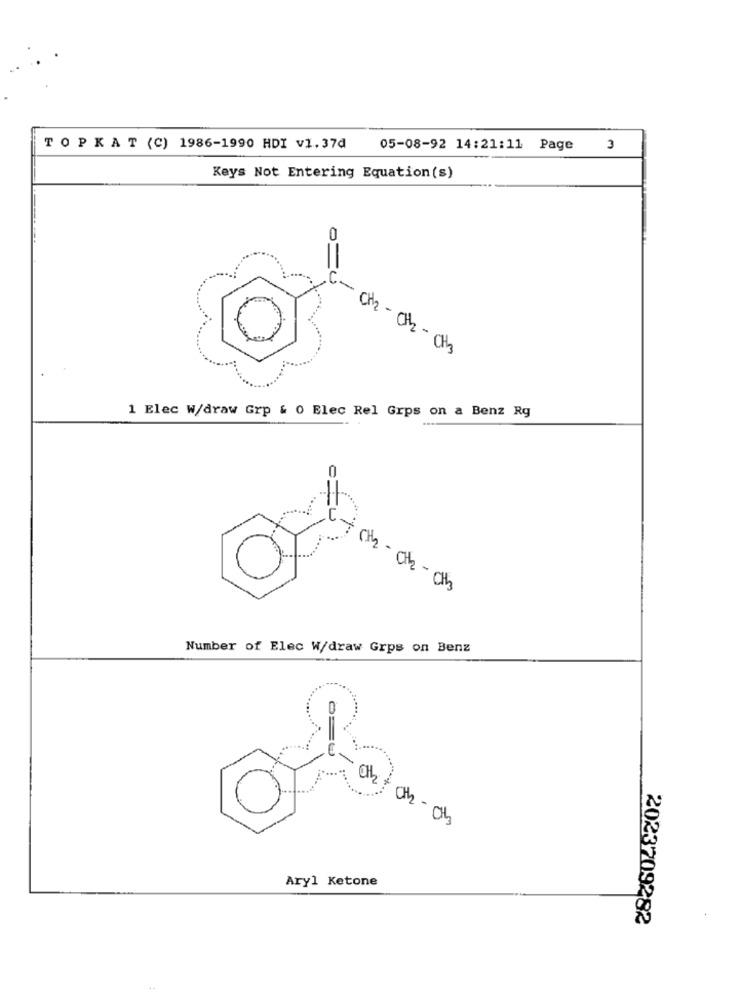
TOPKAT (C) 1986-1990 HDI v1.37₫
05-08-92 14:21:11 Page
3
Keys Not Entering Equation (s)
0
C-
- CH2 - CH2 - CH3
1 Elec W/draw Grp & 0 Elec Rel Grps on a Benz Rg
0
:
X
C + CH2 - 0th - Cts
Number of Elec W/draw Gros on Benz
0=0
Oth
Aryl Ketone
2023709282